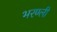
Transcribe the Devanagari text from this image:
भरण्ली